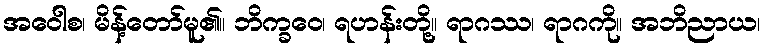
အဝေါစ၊ မိန့်တော်မူ၏။ ဘိက္ခဝေ၊ ရဟန်းတို့။ ရာဂဿ၊ ရာဂကို။ အဘိညာယ၊